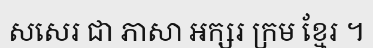
សសេរ ជា ភាសា អក្សរ ក្រម ខ្មែរ ។